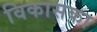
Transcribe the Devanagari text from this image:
विकासका